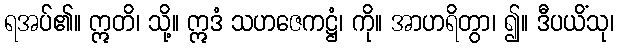
ရအပ်၏။ ဣတိ၊ သို့။ ဣဒံ သဟဇေကဋ္ဌံ၊ ကို။ အာဟရိတွာ၊ ၍။ ဒီပယိံသု၊